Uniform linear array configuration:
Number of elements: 64
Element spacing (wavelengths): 0.25
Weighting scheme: kaiser
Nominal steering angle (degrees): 45
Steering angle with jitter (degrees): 44.931
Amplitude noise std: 0.05
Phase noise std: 0.05

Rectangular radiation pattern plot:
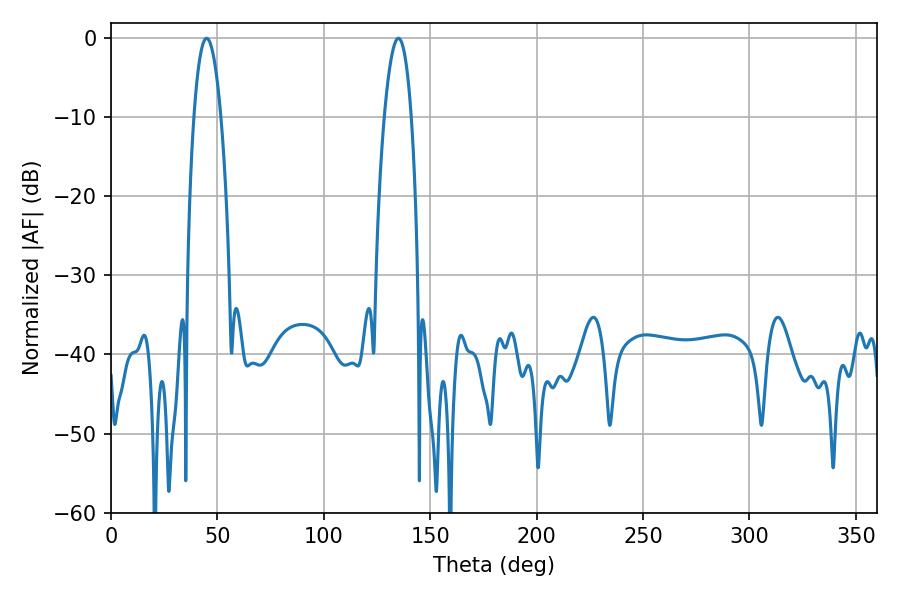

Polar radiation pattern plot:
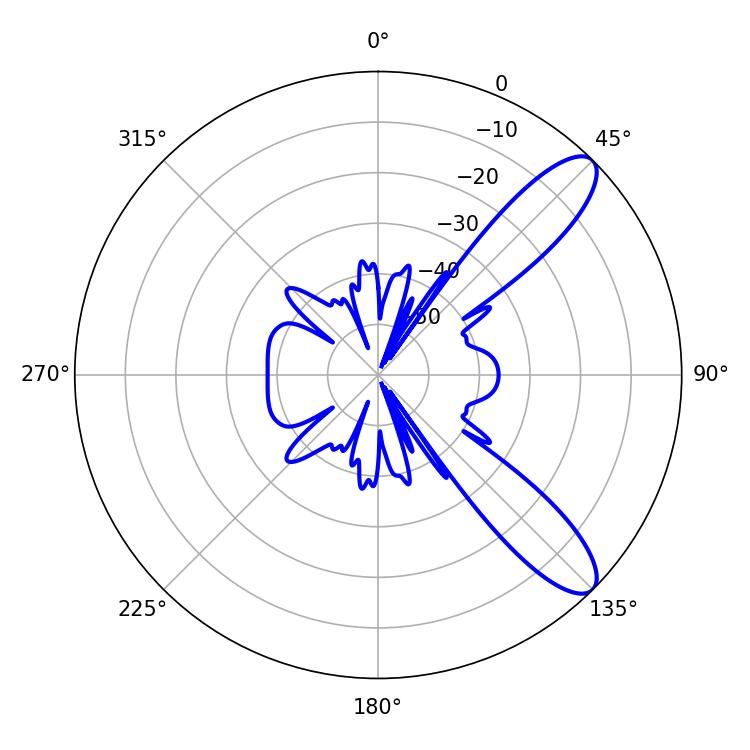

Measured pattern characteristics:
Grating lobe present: FALSE
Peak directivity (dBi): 10.312
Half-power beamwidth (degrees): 7.02
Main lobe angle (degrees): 135